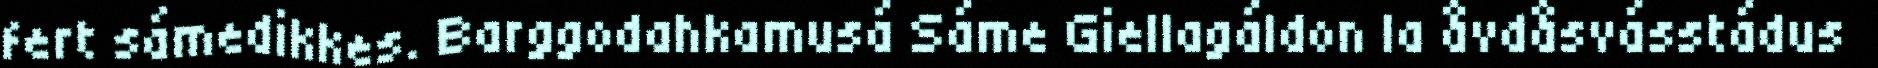
fert sámedikkes. Barggodahkamusá Sáme Giellagáldon la åvdåsvásstádus